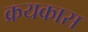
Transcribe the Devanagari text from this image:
क्रयकास